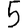
Digit: 5